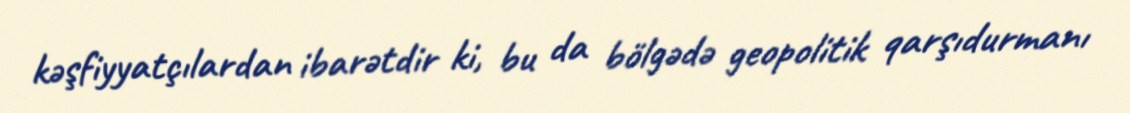
kəşfiyyatçılardan ibarətdir ki, bu da bölgədə geopolitik qarşıdurmanı